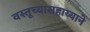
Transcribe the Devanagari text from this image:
वस्तूच्यासहाय्याने